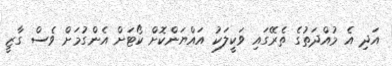
އަދި އެ މުއްދަތުގެ ތެރޭގައި ވަކީލަކު އައްޔަންކޮށް ކޯޓަށް އެންގުމަށް ވެސް ގާޒީ